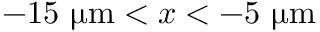
- 1 5 ~ { \upmu \mathrm { m } } < x < - 5 ~ { \upmu \mathrm { m } }